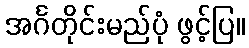
အင်္ဂတိုင်းမည်ပုံ ဖွင့်ပြ။